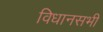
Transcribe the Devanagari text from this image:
विधानसभी